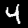
Label: 4